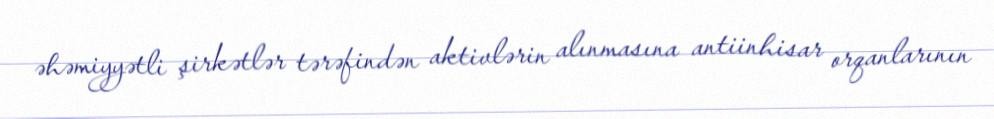
əhəmiyyətli şirkətlər tərəfindən aktivlərin alınmasına antiinhisar orqanlarının